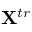
\mathbf { X } ^ { t r }